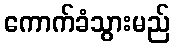
ကောက်ခံသွားမည်